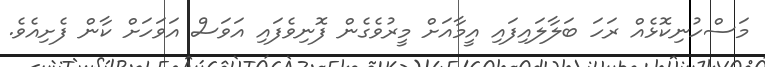
މަސްހުނިކޮޅެއް ރަހަ ބަލާލައިފައި އީމާއަށް މީރުވެގެން ފޮނިވެފައި އަވަސް އަވަހަށް ކާން ފެށިއެވެ.